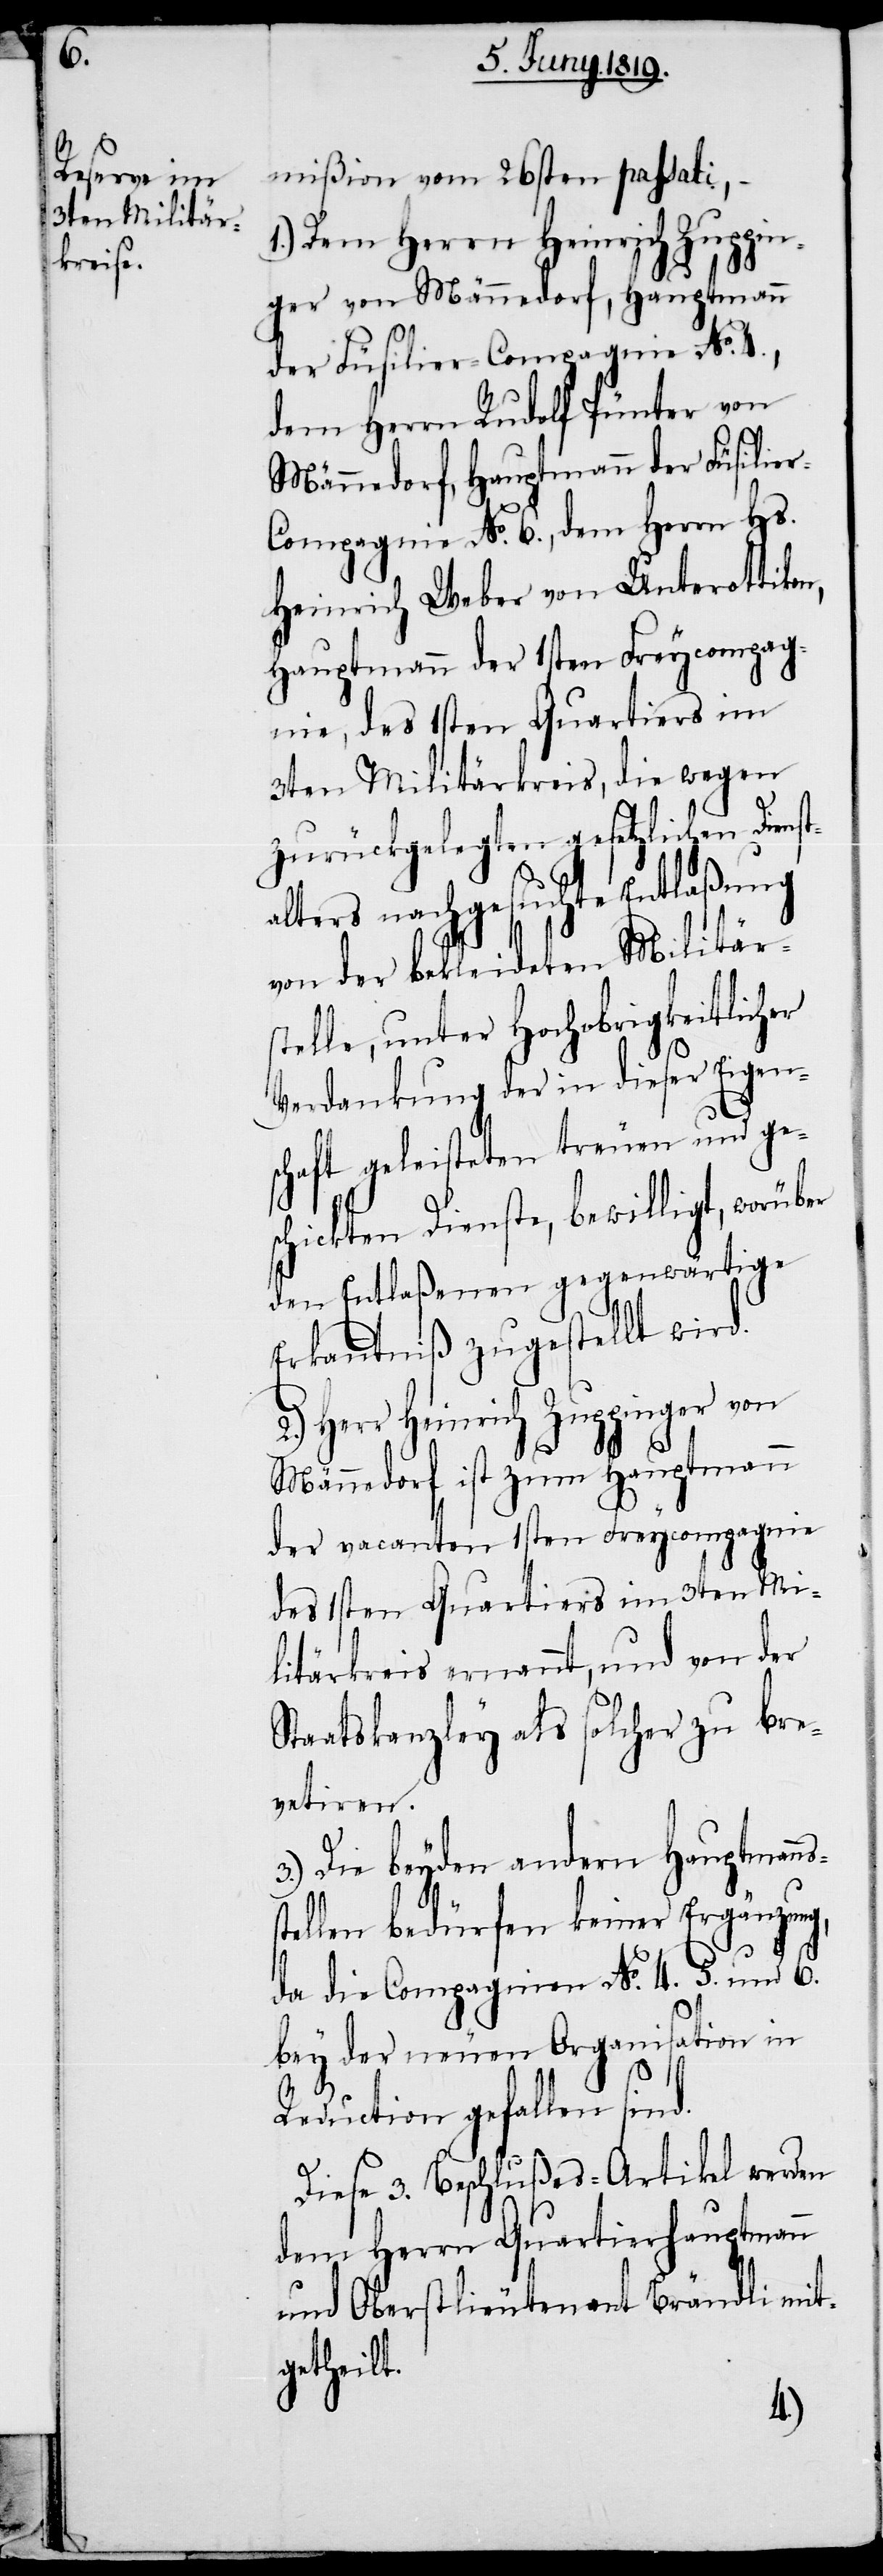
6.

mißion vom 26sten passati, –
1.) Dem Herrn Heinrich Zuppin¬
ger von Männedorf, Hauptmann
der Füsilier-Compagnie No. 4.,
dem Herrn Rudolf Pünter von
Männedorf, Hauptmann der Füsilie¬
r-Compagnie No. 6., dem Herrn Hs.
Heinrich Weber von Unterottikon,
Hauptmann der 1sten Freycompag¬
nie, des 1sten Quartiers im
3ten Militärkreis, die wegen
zurückgelegten gesetzlichen Dienst¬
alters nachgesuchte Entlaßung
von der bekleideten Militär¬
stelle, unter Hochobrigkeitlicher
Verdankung der in dieser Eigen¬
schaft geleisteten treuen und ge¬
schickten Dienste, bewilligt, worü¬
den Entlaßenen gegenwärtige
Erkanntniß zugestellt wird.
Herr Heinrich Zuppinger von
Männedorf ist zum Hauptmann
der vacanten 1sten Freycompagnie
des 1sten Quartiers im 3ten Mi¬
litärkreis ernannt, und von der
Staatskanzley als solcher zu bre¬
vetiren.
3.) Die beyden andern Hauptmann¬
tellen bedürfen keiner Ergänzung,
da die Compagnien No. 4. [,] 5.
bey der neuen Organisation in
Reduction gefallen sind.
Diese 3. Beschlußes-Artikel werden
dem Herrn Quartierhauptmann
und Oberstlieutenant Brändli mit¬
getheilt.